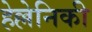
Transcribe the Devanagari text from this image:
हेल्लेनिकी